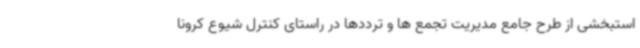
استبخشی از طرح جامع مدیریت تجمع ها و ترددها در راستای کنترل شیوع کرونا